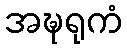
အဍ္ဎရုကံ